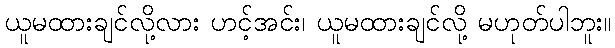
ယူမထားချင်လို့လား ဟင့်အင်း၊ ယူမထားချင်လို့ မဟုတ်ပါဘူး။